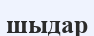
шыдар